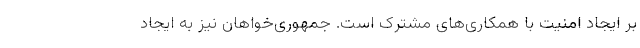
بر ایجاد امنیت با همکاری‌­های مشترک است. جمهوری‌­خواهان نیز به ایجاد